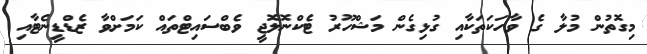
މިގޮތުން މުލާ ގެ ވާހަކަތަކާއި ގުޅިގެން މަޝްހޫރު ޓެކްނޮލޮޖީ ވެބްސައިޓްތައް ކަމަށްވާ ޒެޑްޑީނެޓާއި